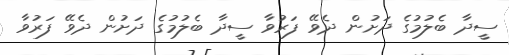
ސީދާ ބެލުމުގެ ދަށުން ދެވޭ ފަރުވާ ސީދާ ބެލުމުގެ ދަށުން ދެވޭ ފަރުވާ